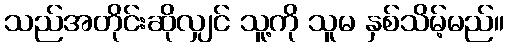
သည်အတိုင်းဆိုလျှင် သူ့ကို သူမ နှစ်သိမ့်မည်။